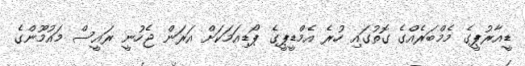
ޑީއާރުޕީގެ މެމްބަރެއްގެ ގޮތުގައި ހުރެ އެމްޑީޕީގެ ޕޯޑިއަމަކަށް އަރަން ޖެހުނީ ރައީސް މައުމޫންގެ